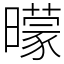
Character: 曚